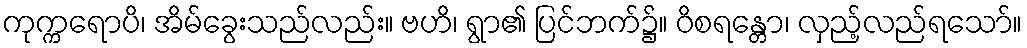
ကုက္ကရောပိ၊ အိမ်ခွေးသည်လည်း။ ဗဟိ၊ ရွာ၏ ပြင်ဘက်၌။ ဝိစရန္တော၊ လှည့်လည်ရသော်။